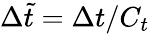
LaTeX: \Delta\tilde{t}=\Delta t/C_{t}